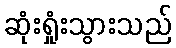
ဆုံးရှုံးသွားသည်